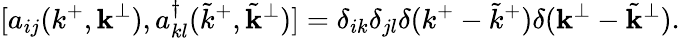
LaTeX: [a_{ij}(k^{+},{\mathbf k}^{\perp}),a_{kl}^{\dagger}({\tilde{k}}^{+},{\tilde{\mathbf k}}^{\perp})]=\delta_{ik}\delta_{jl}\delta(k^{+}-{\tilde{k}}^{+})\delta({\mathbf k}^{\perp}-{\tilde{\mathbf k}}^{\perp}).